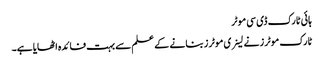
ہائی ٹارک ڈی سی موٹر
ٹارک موٹرز نے لینری موٹرز بنانے کے علم سے بہت فائدہ اٹھایا ہے۔